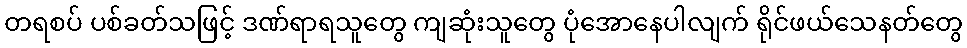
တရစပ် ပစ်ခတ်သဖြင့် ဒဏ်ရာရသူတွေ ကျဆုံးသူတွေ ပုံအောနေပါလျက် ရိုင်ဖယ်သေနတ်တွေ